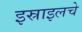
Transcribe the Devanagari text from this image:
इस्राइलचे